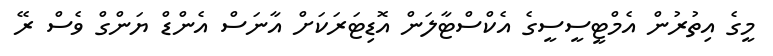
މީގެ އިތުރުން އެމްޓީސީސީގެ އެކްސްޓާލަން އޮޑިޓަރަކަށް އާނަސް އެންޑް ޔަންގް ވެސް ރޭ